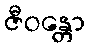
ဇီဝန္တော